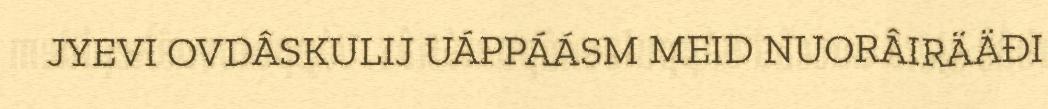
JYEVI OVDÂSKULIJ UÁPPÁÁSM MEID NUORÂIRÄÄĐI